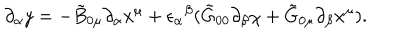
LaTeX: \partial _ { \alpha } y = - \tilde { B } _ { 0 \mu } \partial _ { \alpha } x ^ { \mu } + { \epsilon _ { \alpha } } ^ { \beta } ( \tilde { G } _ { 0 0 } \partial _ { \beta } \chi + \tilde { G } _ { 0 \mu } \partial _ { \beta } x ^ { \mu } ) .